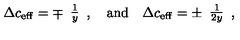
\Delta c _ { \mathrm { { e f f } } } = \mp \begin{array} { c } { \frac { 1 } { y } } \\ \end{array} , \quad \mathrm { a n d } \quad \Delta c _ { \mathrm { { e f f } } } = \pm \begin{array} { c } { \frac { 1 } { 2 y } } \\ \end{array} ,